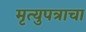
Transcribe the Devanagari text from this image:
मृत्युपत्राचा